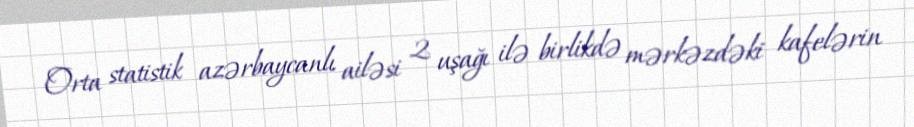
Orta statistik azərbaycanlı ailəsi 2 uşağı ilə birlikdə mərkəzdəki kafelərin